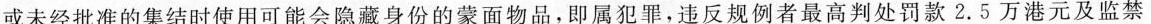
或未经批准的集结时使用可能会隐藏身份的蒙面物品，即属犯罪，违反规例者最高判处罚款2.5万港元及监禁